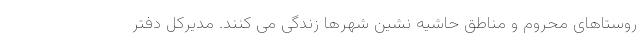
روستاهای محروم و مناطق حاشیه نشین شهرها زندگی می کنند. مدیرکل دفتر